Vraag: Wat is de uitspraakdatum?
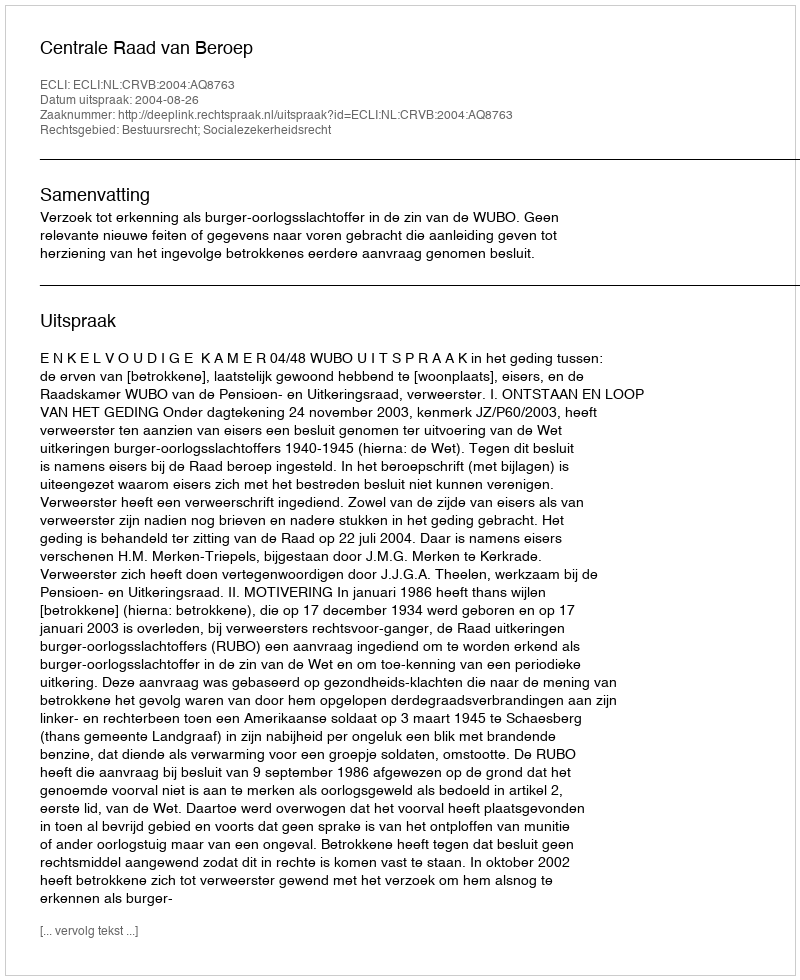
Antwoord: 2004-08-26